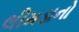
લીમડાનો